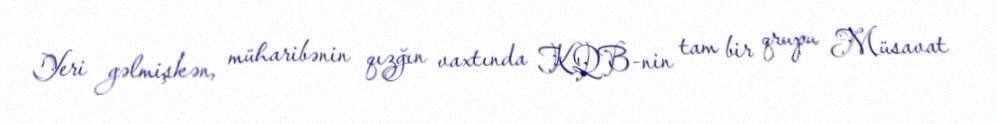
Yeri gəlmişkən, müharibənin qızğın vaxtında KQB-nin tam bir qrupu Müsavat